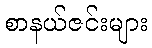
စာနယ်ဇင်းများ